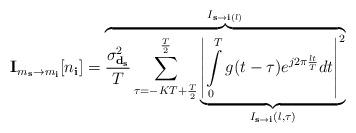
LaTeX: \begin{align*} \mathbf{I}_{m_\textbf{s}\rightarrow m_\textbf{i}}[n_\textbf{i}] &=\overset{I_{\textbf{s}\rightarrow\textbf{i}(l)}}{\overbrace{\frac{\sigma_{\mathbf{d}_\mathbf{s}}^2}{T}\sum\limits_{\tau=-KT+\frac{T}{2}}^{\frac{T}{2}}\underset{I_{\textbf{s}\rightarrow\textbf{i}}(l,\tau)}{\underbrace{\left|\int\limits_0^Tg(t-\tau)e^{j2\pi \frac{l t}{T}}dt\right|^2}}}}\end{align*}